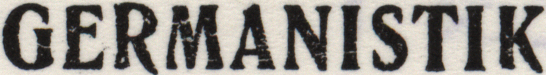
GERMANISTIK